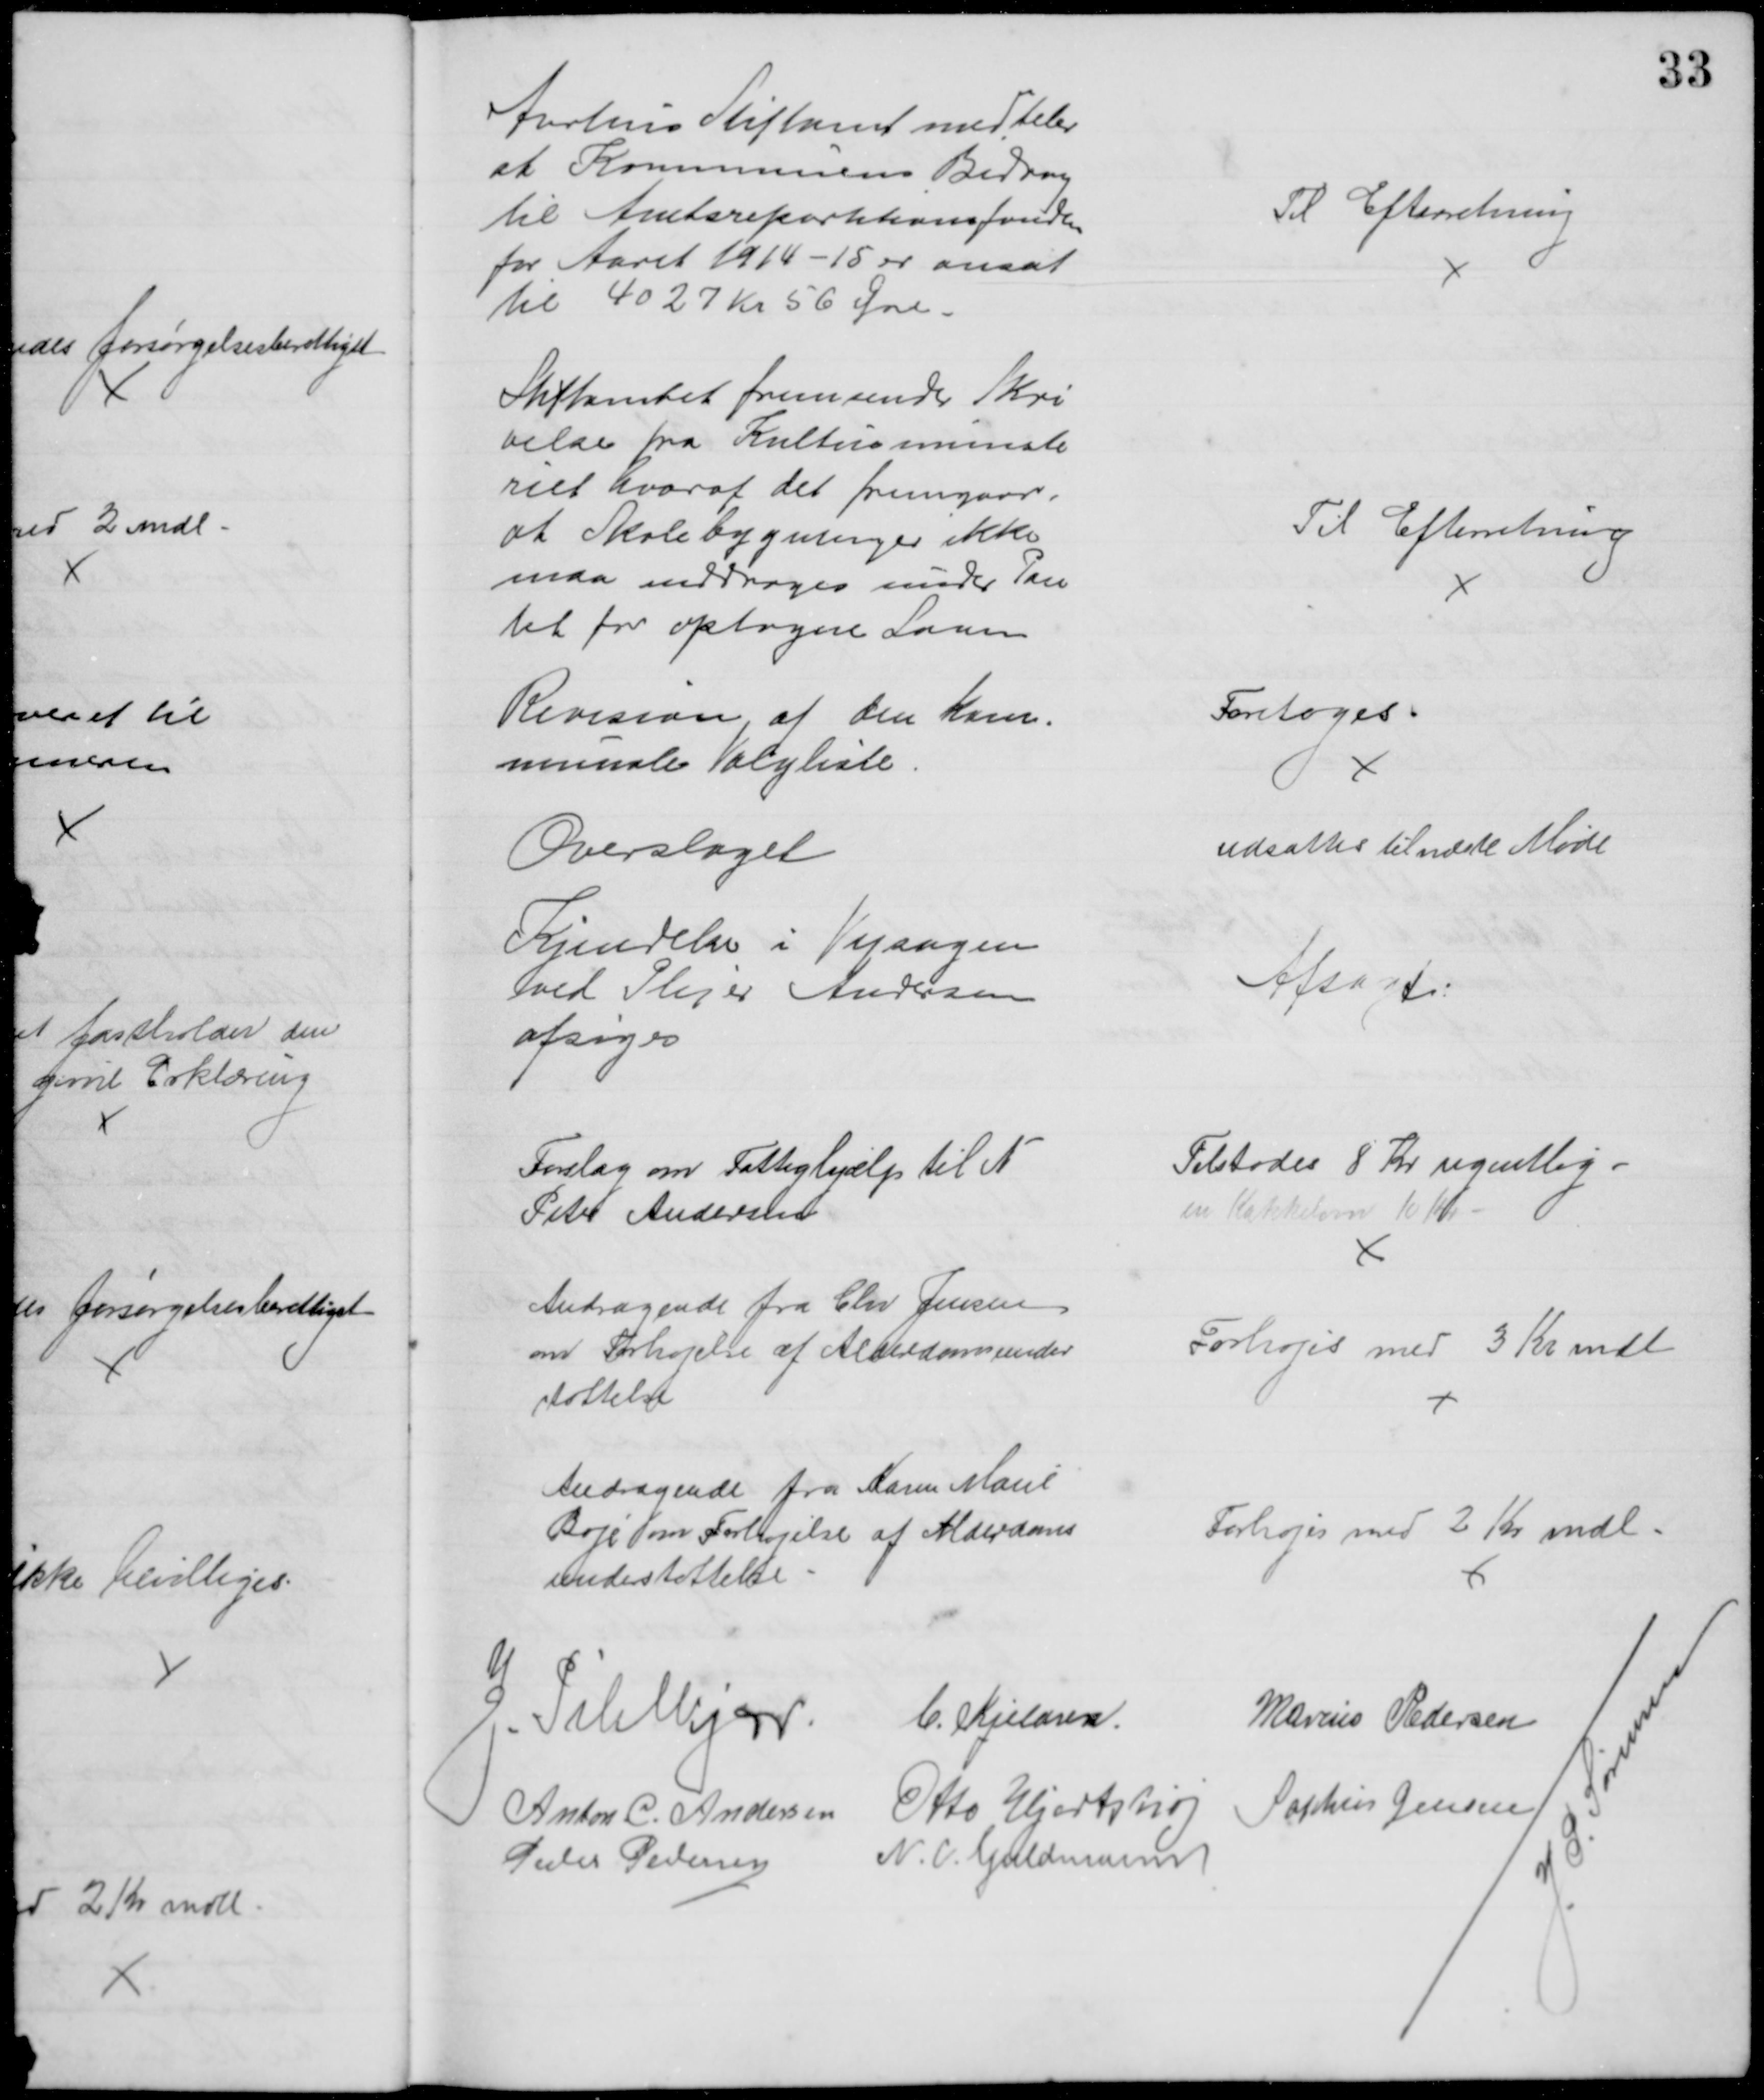
Transskription:
Aartens Stiftamt meddeler
at Kommunens Bidrag
til Amtsrepartitionsfonden
for Aaret 1914-15 er ansat
til 4027 Kr. 56 Øre.
Til Efterretning
Stiftamtet fremsender Skri
velse fra Kultusministe
riet hvoraf det fremgaar,
at Skolebygninger ikke
maa inddrages under Pan
tet for optagne Laan
Til Efterretning
Revision af den kom-
munale Valgliste.
Foretoges
Overslaget
udsattes til næste Møde
Kjendelse i Vejsagen
ved Plejer Andersen
afsiges
Afsagt
Forslag om Fattighjælp til N
Peter Andersen
Tilstodes 8 Kr ugentlig.
en Kakkelovn 10 Kr.
Andragende fra Chr Jensen
om Forhøjelse af Alderdomsunder
støttelse
Forhøjes med 3 Kr mdl
Andragende fra Karen Marie
Boje som Forhøjelse af Alderdoms
understøttelse.
Forhøjes med 2 Kr mdl.
J. Pihlkjær.
C. Kjeldsen.
Marius Pedersen
Anton C. Andersen
Otto Hjortshøj
Sophus Jensen
Peder Pedersen
N. C. Guldmann
J. P. Sørensen